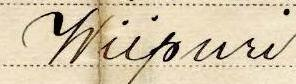
Wiipuri